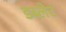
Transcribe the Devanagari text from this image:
डब्लेट